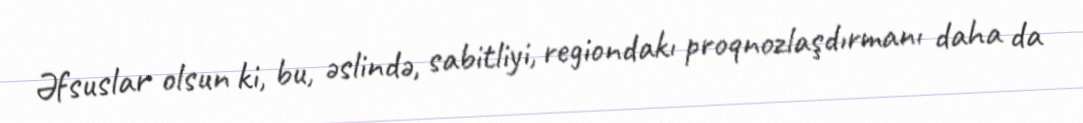
Əfsuslar olsun ki, bu, əslində, sabitliyi, regiondakı proqnozlaşdırmanı daha da